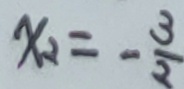
x _ { 2 } = - \frac { 3 } { 2 }